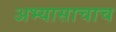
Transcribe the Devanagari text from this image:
अभ्यासाचाच